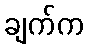
ချက်က